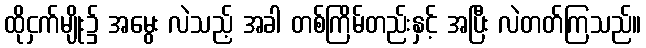
ထိုငှက်မျိုး၌ အမွေး လဲသည့် အခါ တစ်ကြိမ်တည်းနှင့် အပြီး လဲတတ်ကြသည်။